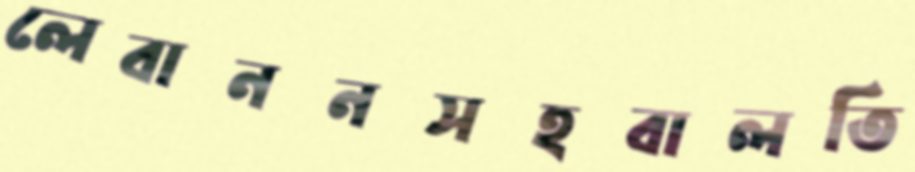
লেবাননসহবালতি